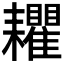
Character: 𦔬